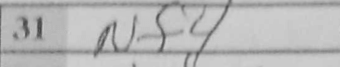
Transcription: Nf4